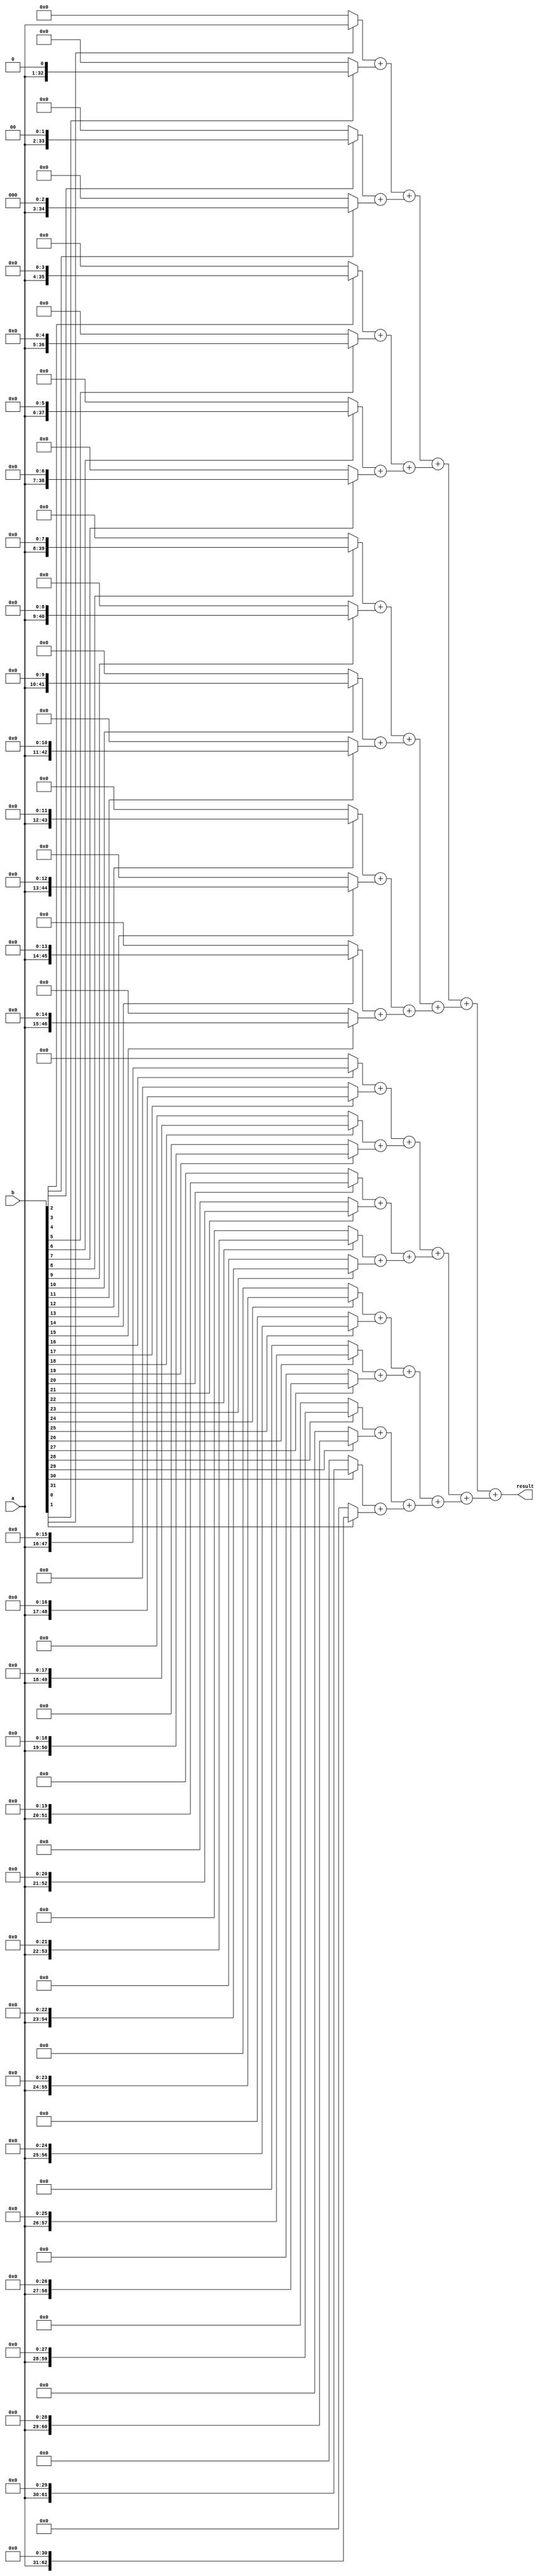
`timescale 1ns / 1ps
module MULTU1 (
    input [31:0] a,
    input [31:0] b,
    output [63:0] result
);
wire [63:0] adder[62:0];
assign adder[0] = b[0] ? {32'b0, a} : 64'b0;
assign adder[1] = b[1] ? {31'b0, a, 1'b0} : 64'b0;
assign adder[2] = b[2] ? {30'b0, a, 2'b0} : 64'b0;
assign adder[3] = b[3] ? {29'b0, a, 3'b0} : 64'b0;
assign adder[4] = b[4] ? {28'b0, a, 4'b0} : 64'b0;
assign adder[5] = b[5] ? {27'b0, a, 5'b0} : 64'b0;
assign adder[6] = b[6] ? {26'b0, a, 6'b0} : 64'b0;
assign adder[7] = b[7] ? {25'b0, a, 7'b0} : 64'b0;
assign adder[8] = b[8] ? {24'b0, a, 8'b0} : 64'b0;
assign adder[9] = b[9] ? {23'b0, a, 9'b0} : 64'b0;
assign adder[10] = b[10] ? {22'b0, a, 10'b0} : 64'b0;
assign adder[11] = b[11] ? {21'b0, a, 11'b0} : 64'b0;
assign adder[12] = b[12] ? {20'b0, a, 12'b0} : 64'b0;
assign adder[13] = b[13] ? {19'b0, a, 13'b0} : 64'b0;
assign adder[14] = b[14] ? {18'b0, a, 14'b0} : 64'b0;
assign adder[15] = b[15] ? {17'b0, a, 15'b0} : 64'b0;
assign adder[16] = b[16] ? {16'b0, a, 16'b0} : 64'b0;
assign adder[17] = b[17] ? {15'b0, a, 17'b0} : 64'b0;
assign adder[18] = b[18] ? {14'b0, a, 18'b0} : 64'b0;
assign adder[19] = b[19] ? {13'b0, a, 19'b0} : 64'b0;
assign adder[20] = b[20] ? {12'b0, a, 20'b0} : 64'b0;
assign adder[21] = b[21] ? {11'b0, a, 21'b0} : 64'b0;
assign adder[22] = b[22] ? {10'b0, a, 22'b0} : 64'b0;
assign adder[23] = b[23] ? {9'b0, a, 23'b0} : 64'b0;
assign adder[24] = b[24] ? {8'b0, a, 24'b0} : 64'b0;
assign adder[25] = b[25] ? {7'b0, a, 25'b0} : 64'b0;
assign adder[26] = b[26] ? {6'b0, a, 26'b0} : 64'b0;
assign adder[27] = b[27] ? {5'b0, a, 27'b0} : 64'b0;
assign adder[28] = b[28] ? {4'b0, a, 28'b0} : 64'b0;
assign adder[29] = b[29] ? {3'b0, a, 29'b0} : 64'b0;
assign adder[30] = b[30] ? {2'b0, a, 30'b0} : 64'b0;
assign adder[31] = b[31] ? {1'b0, a, 31'b0} : 64'b0;

assign adder[32] = adder[0] + adder[1];
assign adder[33] = adder[2] + adder[3];
assign adder[34] = adder[4] + adder[5];
assign adder[35] = adder[6] + adder[7];
assign adder[36] = adder[8] + adder[9];
assign adder[37] = adder[10] + adder[11];
assign adder[38] = adder[12] + adder[13];
assign adder[39] = adder[14] + adder[15];
assign adder[40] = adder[16] + adder[17];
assign adder[41] = adder[18] + adder[19];
assign adder[42] = adder[20] + adder[21];
assign adder[43] = adder[22] + adder[23];
assign adder[44] = adder[24] + adder[25];
assign adder[45] = adder[26] + adder[27];
assign adder[46] = adder[28] + adder[29];
assign adder[47] = adder[30] + adder[31];

assign adder[48] = adder[32] + adder[33];
assign adder[49] = adder[34] + adder[35];
assign adder[50] = adder[36] + adder[37];
assign adder[51] = adder[38] + adder[39];
assign adder[52] = adder[40] + adder[41];
assign adder[53] = adder[42] + adder[43];
assign adder[54] = adder[44] + adder[45];
assign adder[55] = adder[46] + adder[47];

assign adder[56] = adder[48] + adder[49];
assign adder[57] = adder[50] + adder[51];
assign adder[58] = adder[52] + adder[53];
assign adder[59] = adder[54] + adder[55];

assign adder[60] = adder[56] + adder[57];
assign adder[61] = adder[58] + adder[59];

assign adder[62] = adder[60] + adder[61];

assign result = adder[62];

endmodule